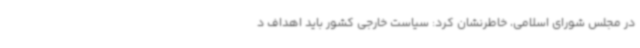
در مجلس شورای اسلامی، خاطرنشان کرد: سیاست خارجی کشور باید اهداف د